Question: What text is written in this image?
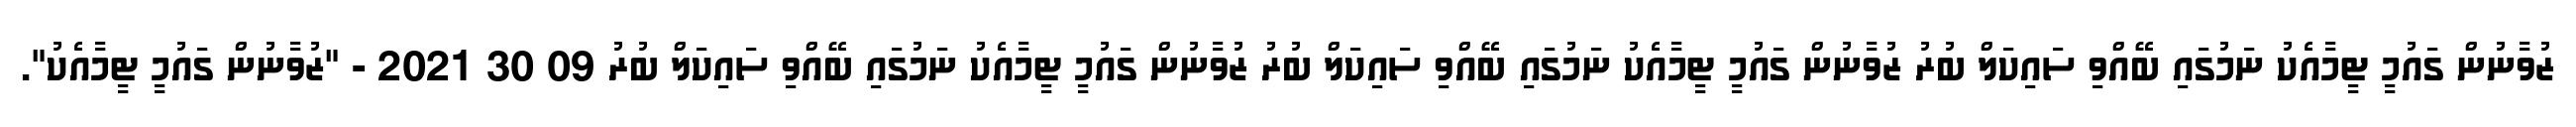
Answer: ޒުވާނުން ގައުމީ ޓީމާއެކު ނަމުގައި ބޭއްވި ސައިކަލް ބުރު ޒުވާނުން ގައުމީ ޓީމާއެކު ނަމުގައި ބޭއްވި ސައިކަލް ބުރު ޒުވާނުން ގައުމީ ޓީމާއެކު ނަމުގައި ބޭއްވި ސައިކަލް ބުރު 09 30 2021 - "ޒުވާނުން ގައުމީ ޓީމާއެކު".